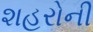
શહરોની